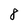
Character: 8